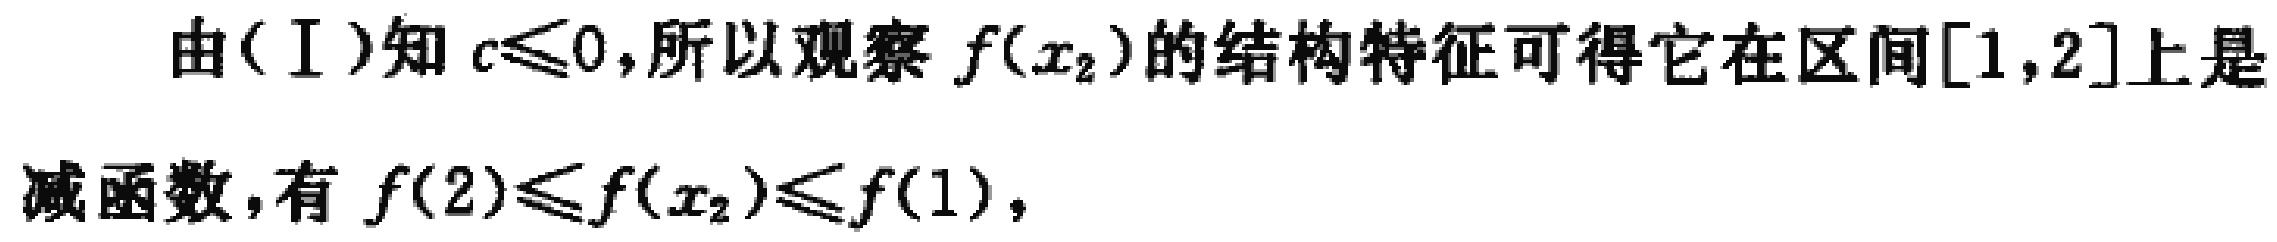
由$(\mathrm{I})$知$c\leqslant0$,所以观察$f(x_{2})$的结构特征可得它在区间$[1,2]$上是减函数，有$f(2)\leqslant f(x_{2})\leqslant f(1)$，